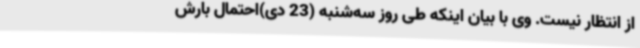
از انتظار نیست. وی با بیان اینکه طی روز سه‌شنبه (23 دی)احتمال بارش